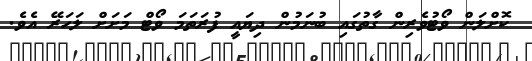
ކޮށްލަން ވޯޓުވެރިން ގާތުގައި ބުނަމުން ދިޔައީ ފުރަތަމަ ވޯޓް މަށަށް ލަހަރޭ އެވެ.